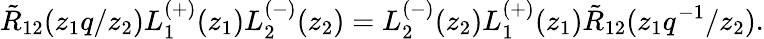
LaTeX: \tilde{R}_{12}(z_{1}q/z_{2})L_{1}^{(+)}(z_{1})L_{2}^{(-)}(z_{2})=L_{2}^{(-)}(z_{2})L_{1}^{(+)}(z_{1})\tilde{R}_{12}(z_{1}q^{-1}/z_{2}).